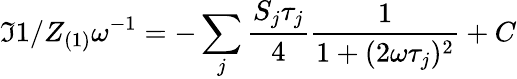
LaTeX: \Im{1/Z_{(1)}}\omega^{-1}=-\sum_{j}\frac{S_{j}\tau_{j}}{4}\frac{1}{1+(2\omega\tau_{j})^{2}}+C